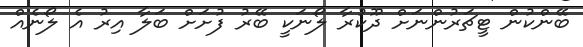
ބޭންކުން ޓީޗަރުންނަށް ދޫކުރާ ލޯނަކީ ބޭރު ފުށަށް ބަލާ އިރު އެ ލޯނެއް